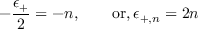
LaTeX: - { \frac { \epsilon _ { + } } { 2 } } = - n , \qquad \mathrm { o r , } \, \epsilon _ { + , n } = 2 n